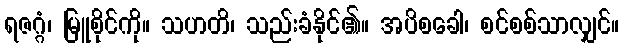
ရဇဂ္ဂံ၊ မြူစိုင်ကို။ သဟတိ၊ သည်းခံနိုင်၏။ အပိစခေါ၊ စင်စစ်သာလျှင်။